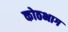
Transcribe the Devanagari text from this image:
कोठभाग